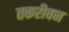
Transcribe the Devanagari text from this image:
तकरीवन